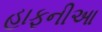
હાફનીઆ